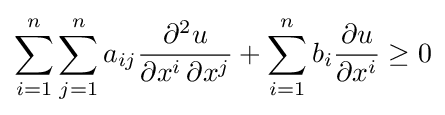
\sum _{i=1}^{n}\sum _{j=1}^{n}a_{ij}{\frac {\partial ^{2}u}{\partial x^{i}\,\partial x^{j}}}+\sum _{i=1}^{n}b_{i}{\frac {\partial u}{\partial x^{i}}}\geq 0